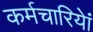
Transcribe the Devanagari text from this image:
कर्मचारियेां